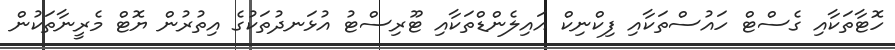
ހޮޓާތަކާއި ގެސްޓް ހައުސްތަކާއި ފިކްނިކް އައިލެންޑްތަކާއި ޓޫރިސްޓު އުޅަނދުތަކުގެ އިތުރުން ޔޮޓް މެރީނާތަކުން